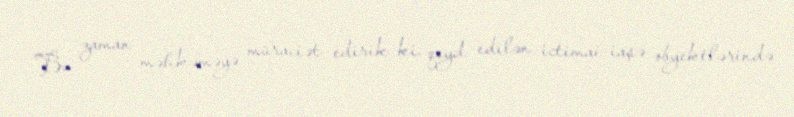
Bu zaman məhkəməyə müraciət edirik ki, qeyd edilən ictimai-iaşə obyektlərində